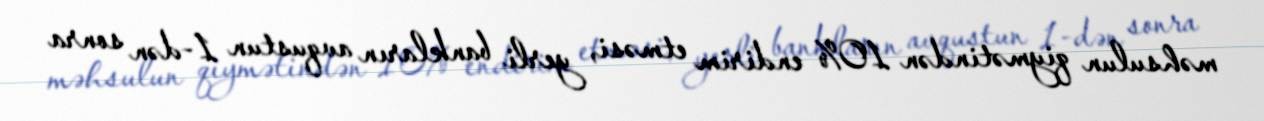
məhsulun qiymətindən 10% endirim etməsi, yerli bankların avqustun 1-dən sonra